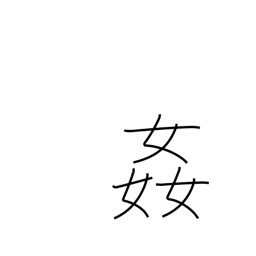
Meaning: seduce